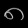
Digit: ၈